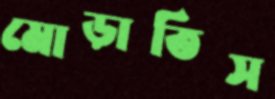
মোড়াতিস